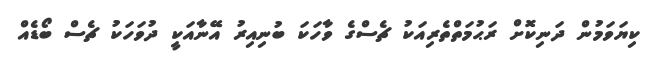
ކިޔަވަމުން ދަނިކޮށް ރަޙުމަތްތެރިއަކު ޗެސްގެ ވާހަކަ ބުނިއިރު އޭނާއަކީ ދުވަހަކު ޗެސް ބޯޑެއް